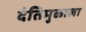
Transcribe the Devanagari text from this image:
दंतिमुळाला